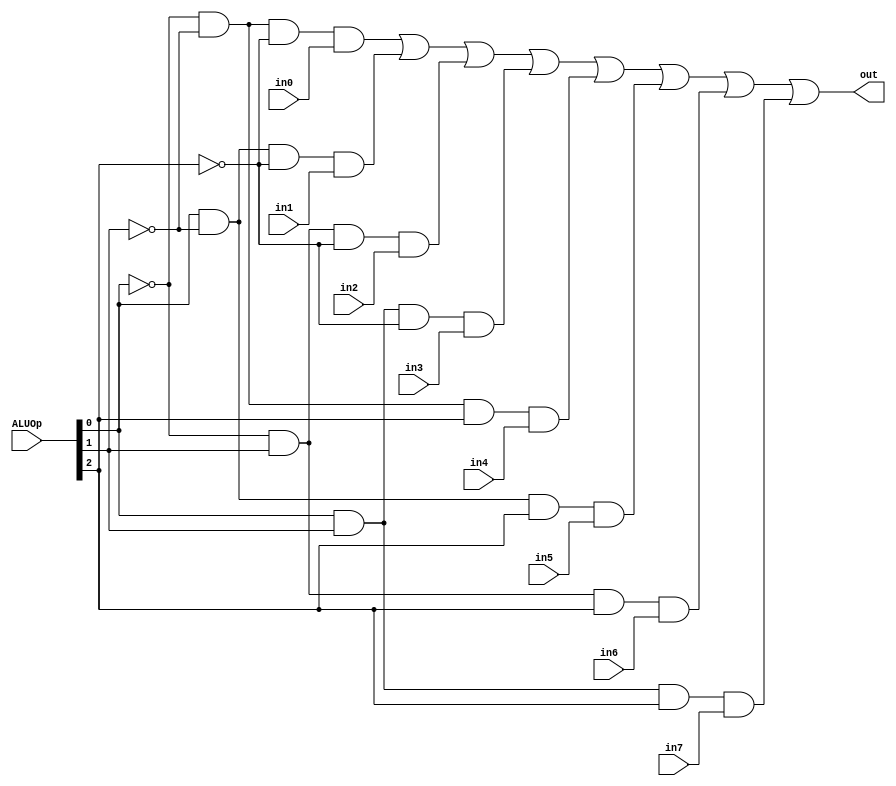
`timescale 1ns / 1ps
//////////////////////////////////////////////////////////////////////////////////
// Company: 
// Engineer: 
// 
// Design Name: 
// Module Name:    MUX_8_1 
// Project Name: 
// Target Devices: 
// Tool versions: 
// Description: 
//
// Dependencies: 
//
// Revision: 
// Revision 0.01 - File Created
// Additional Comments: 
//
//////////////////////////////////////////////////////////////////////////////////
module MUX_8_1(out, ALUOp, in0, in1, in2, in3, in4, in5, in6, in7);
	output out;
	input [2:0] ALUOp;
	input in0, in1, in2, in3, in4, in5, in6, in7;
	
	wire not_ALUOp_0, not_ALUOp_1, not_ALUOp_2;
	wire w_and0, w_and1, w_and2, w_and3, w_and4, w_and5, w_and6, w_and7;
	
	not	not0		(not_ALUOp_0, ALUOp[0]);
	not	not1		(not_ALUOp_1, ALUOp[1]);
	not	not2		(not_ALUOp_2, ALUOp[2]);
	
	and	and0		(w_and0, not_ALUOp_0, not_ALUOp_1, not_ALUOp_2, in0);
	and	and1		(w_and1, ALUOp[0],    not_ALUOp_1, not_ALUOp_2, in1);
	and	and2		(w_and2, not_ALUOp_0, ALUOp[1],    not_ALUOp_2, in2);
	and	and3		(w_and3, ALUOp[0],    ALUOp[1],    not_ALUOp_2, in3);
	and	and4		(w_and4, not_ALUOp_0, not_ALUOp_1, ALUOp[2],    in4);
	and	and5		(w_and5, ALUOp[0],    not_ALUOp_1, ALUOp[2],    in5);
	and	and6		(w_and6, not_ALUOp_0, ALUOp[1],    ALUOp[2],    in6);
	and	and7		(w_and7, ALUOp[0],    ALUOp[1],    ALUOp[2],    in7);
	
	or		or0		(out, w_and0, w_and1, w_and2, w_and3, w_and4, w_and5, w_and6, w_and7);

endmodule